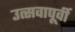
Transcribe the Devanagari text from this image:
उत्सवापूर्वी